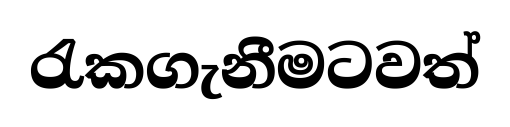
රැකගැනීමටවත්